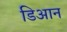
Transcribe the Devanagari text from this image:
डिआन